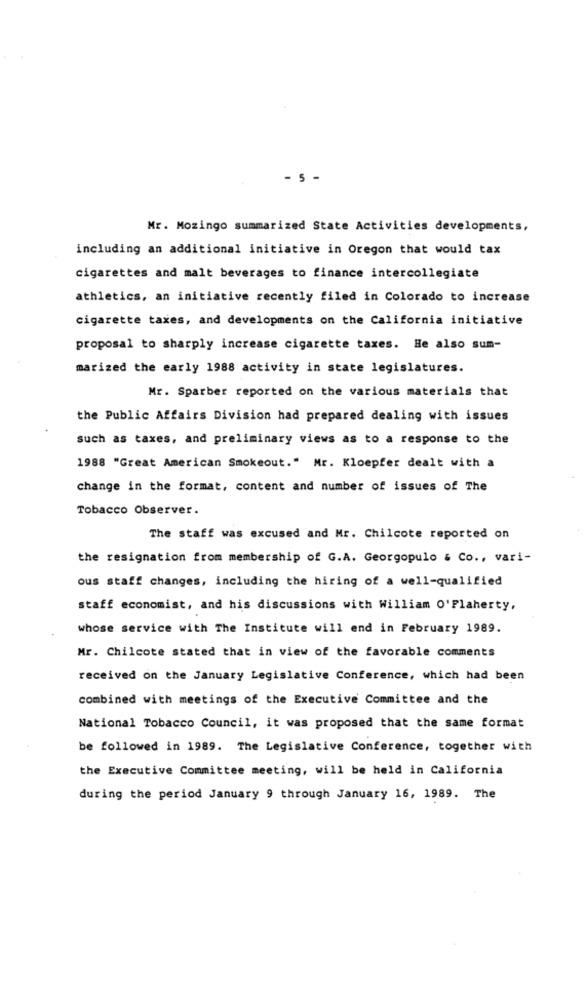
- 5 -
Mr. Mozingo summarized State Activities developments,
including an additional initiative in Oregon that would tax
cigarettes and malt beverages to finance intercollegiate
athletics, an initiative recently filed in Colorado to increase
cigarette taxes, and developments on the California initiative
proposal to sharply increase cigarette taxes. He also sum-
marized the early 1988 activity in state legislatures.
Mr. Sparber reported on the various materials that
the Public Affairs Division had prepared dealing with issues
such as taxes, and preliminary views as to a response to the
1988 "Great American Smokeout." Mr. Kloepfer dealt with a
change in the format, content and number of issues of The
Tobacco Observer.
The staff was excused and Mr. Chilcote reported on
the resignation from membership of G.A. Georgopulo & Co ., vari-
ous staff changes, including the hiring of a well-qualified
staff economist, and his discussions with William O'Flaherty,
whose service with The Institute will end in February 1989.
Mr. Chilcote stated that in view of the favorable comments
received on the January Legislative Conference, which had been
combined with meetings of the Executive Committee and the
National Tobacco Council, it was proposed that the same format
be followed in 1989. The Legislative Conference, together with
the Executive Committee meeting, will be held in California
during the period January 9 through January 16, 1989. The